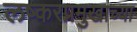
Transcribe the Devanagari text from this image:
लष्करप्रमुखाच्या